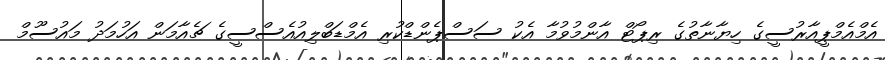
އެމްއެމްޕީއާރުސީގެ ހިޔާނާތުގެ ރިޕޯޓް އާންމުވުމާ އެކު ސަސްޕެންޑްކުރި އެމްޑަބްލިއުއެސްސީގެ ޗެއާމަން އަހުމަދު މައުސޫމް